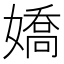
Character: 嬌